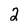
Character: 2